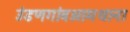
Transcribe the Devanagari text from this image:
उंडणगांवआमथाना